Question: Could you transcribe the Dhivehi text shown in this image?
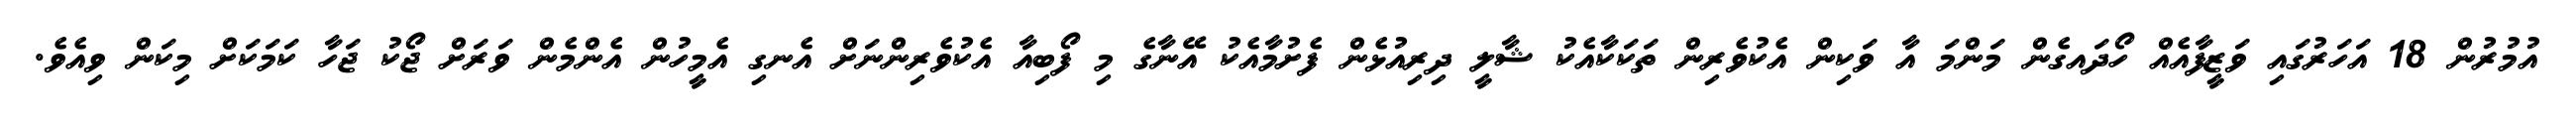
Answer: އުމުރުން 18 އަހަރުގައި ވަޒީފާއެއް ހޯދައގެން މަންމަ އާ ވަކިން އެކުވެރިން ތަކަކާއެކު ޝާލީ ދިރިއުޅެން ފެށުމާއެކު އޭނާގެ މި ފޯބިއާ އެކުވެރިންނަށް އެނގި އެމީހުން އެންމެން ވަރަށް ޖޯކު ޖަހާ ކަމަކަށް މިކަން ވިއެވެ.